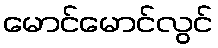
မောင်မောင်လွင်